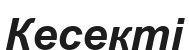
Кесекті